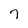
Character: 7